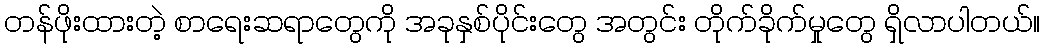
တန်ဖိုးထားတဲ့ စာရေးဆရာတွေကို အခုနှစ်ပိုင်းတွေ အတွင်း တိုက်ခိုက်မှုတွေ ရှိလာပါတယ်။